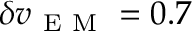
\delta v _ { \mathrm { ~ E ~ M ~ } } = 0 . 7